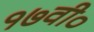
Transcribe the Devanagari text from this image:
१७वी०